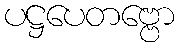
ပဋ္ဌပေတဗ္ဗော